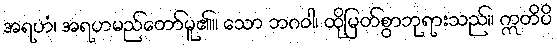
အရဟံ၊ အရဟမည်တော်မူ၏။ သော ဘဂဝါ၊ ထိုမြတ်စွာဘုရားသည်။ ဣတိပိ